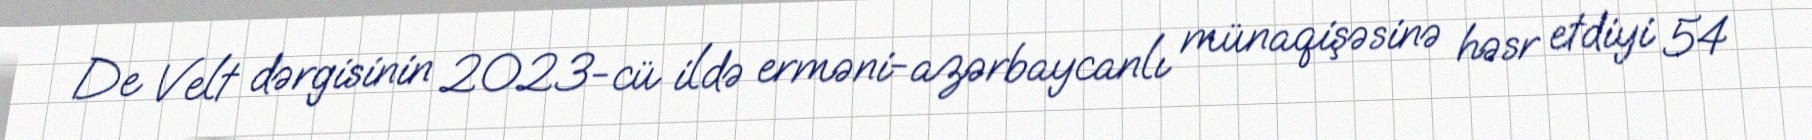
De Velt dərgisinin 2023-cü ildə erməni-azərbaycanlı münaqişəsinə həsr etdiyi 54